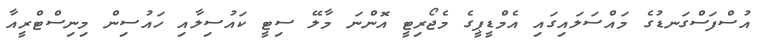
އުސްފަސްގަނޑުގެ މައްސަލައިގައި އެމްޑީޕީގެ މެޖޯރިޓީ އޮންނަ މާލޭ ސިޓީ ކައުސިލާއި ހައުސިން މިނިސްޓްރީއާ